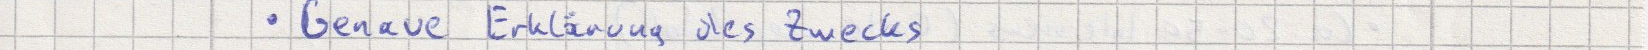
Genaue Erklärung des Zwecks